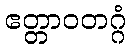
ဧတ္တာဝတဂ္ဂံ